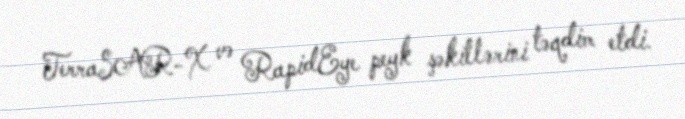
TerraSAR-X və RapidEye peyk şəkillərini təqdim etdi.